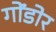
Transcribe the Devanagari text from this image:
गोंडोर